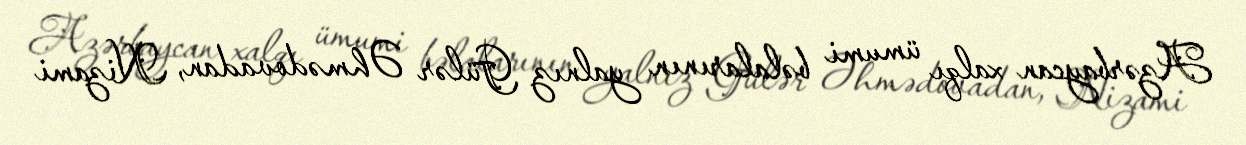
Azərbaycan xalqı ümumi bəlalarının yalnız Gülər Əhmədovadan, Nizami